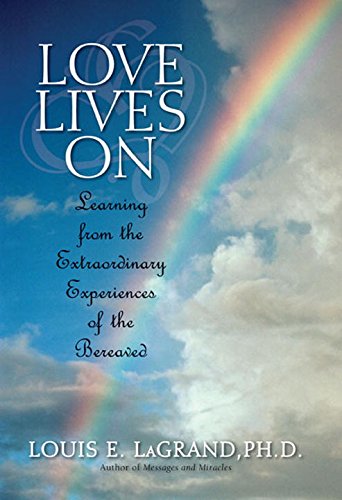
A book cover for Love Lives On: Learning from the Extraordinary Encounters of the Bereaved; Louis LaGrand; Self-Help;